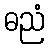
ဓညံ